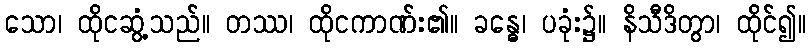
သော၊ ထိုငဆွံ့သည်။ တဿ၊ ထိုငကာဏ်း၏။ ခန္ဓေ၊ ပခုံး၌။ နိသီဒိတွာ၊ ထိုင်၍။